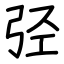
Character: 弪